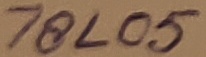
Text: 78L05